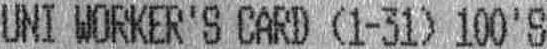
UNI WORKER'S CARD (1-31) 100'S